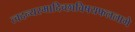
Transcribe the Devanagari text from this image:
त्वदन्यस्मादिच्छाविषयफललाभे